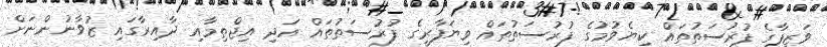
ވަޒީފާގެ ފުރުސަތުތައް ކިޔެވުމުގެ ފުރުސަތުތައް ވިޔަފާރީގެ ފުރުސަތުތައް އަދި އިޖްތިމާއި ދާއިރާގައި ޒުވާނުންނަށް